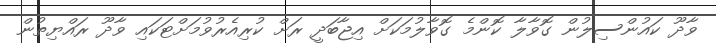
ވާދޫ ކައުންސިލުން ގޮވާލާ ކޮންމެ ގޮވާލުމަކަށް އިޖާބަދީ ރަށް ކުރިއެރުވުމަށްޓަކައި ވާދޫ ރައްޔިތުން